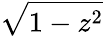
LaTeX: \sqrt{1-z^{2}}